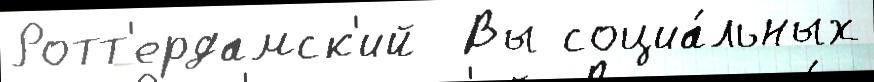
Ротт'ердамск'ий  Вы социа́льных